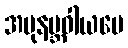
အပုနဗ္ဘဝါယပေ